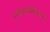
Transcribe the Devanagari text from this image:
रसएवात्रजीवितम्